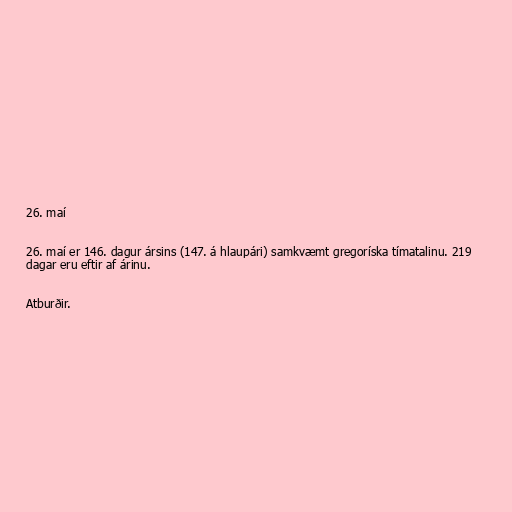
26. maí

26. maí er 146. dagur ársins (147. á hlaupári) samkvæmt gregoríska tímatalinu. 219
dagar eru eftir af árinu.

Atburðir.